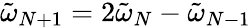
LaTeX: \tilde{\omega}_{N+1}=2\tilde{\omega}_{N}-\tilde{\omega}_{N-1}